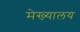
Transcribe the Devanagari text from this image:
मेख्यालय